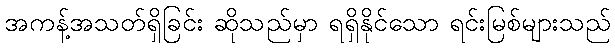
အကန့်အသတ်ရှိခြင်း ဆိုသည်မှာ ရရှိနိုင်သော ရင်းမြစ်များသည်